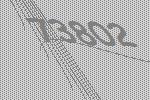
73802